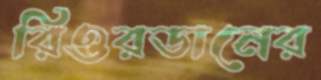
রিওরডানের